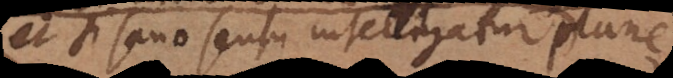
et, si sano sensu intelligatur, non